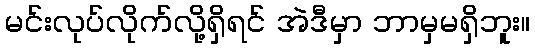
မင်းလုပ်လိုက်လို့ရှိရင် အဲဒီမှာ ဘာမှမရှိဘူး။